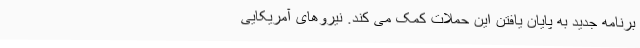
برنامه جدید به پایان یافتن این حملات کمک می کند. نیروهای آمریکایی